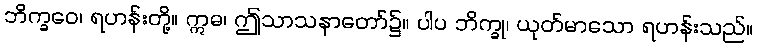
ဘိက္ခဝေ၊ ရဟန်းတို့။ ဣဓ၊ ဤသာသနာတော်၌။ ပါပ ဘိက္ခု၊ ယုတ်မာသော ရဟန်းသည်။